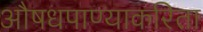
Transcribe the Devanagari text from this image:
औषधपाण्याकरिता